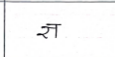
मजकूर: ज्ञ